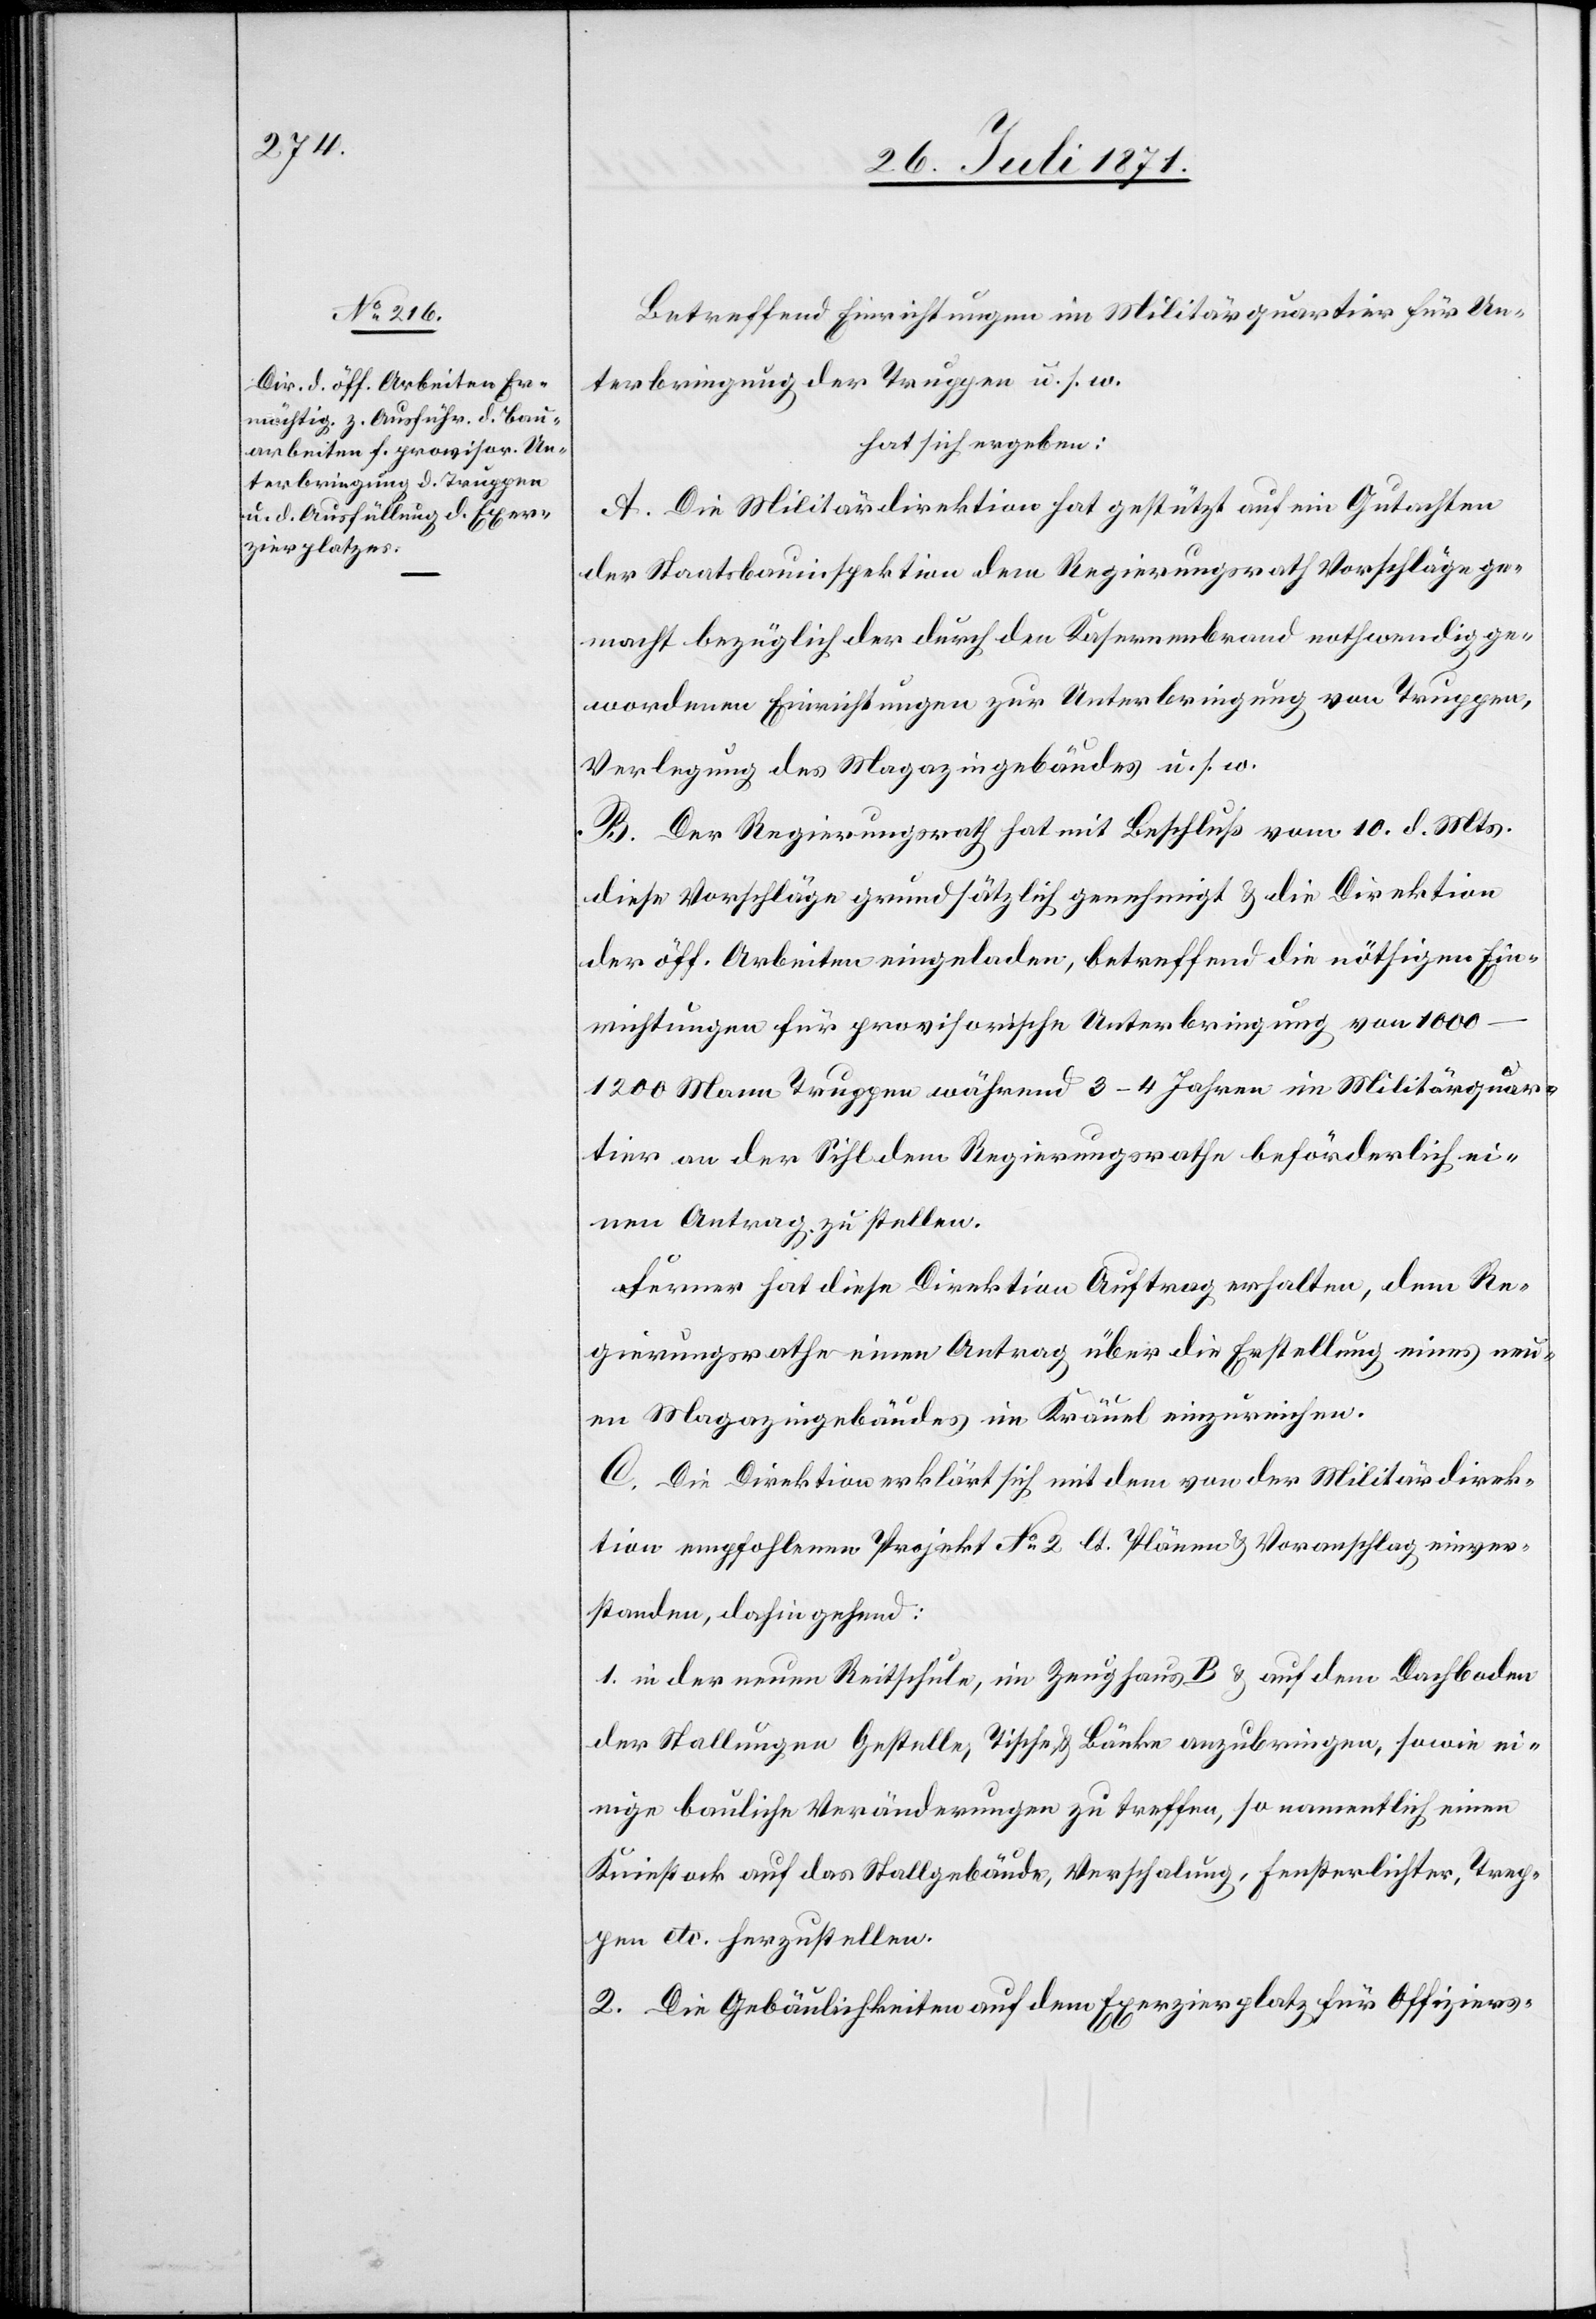
Betreffend Einrichtungen im Militärquartier für Un¬
terbringung der Truppen u. s. w.
hat sich ergeben:
A. Die Militärdirektion hat gestützt auf ein Gutachten
der Staatsbauinspektion dem Regierungsrath Vorschläge ge¬
macht bezüglich der durch den Kasernenbrand nothwendig ge¬
wordenen Einrichtungen zur Unterbringung von Truppen,
Verlegung des Magazingebäudes u. s. w.
B. Der Regierungsrath hat mit Beschluß vom 10. d. Mts.
diese Vorschläge grundsätzlich genehmigt u. die Direktion
der öff. Arbeiten eingeladen, betreffend die nöthigen Ein¬
richtungen für provisorische Unterbringung von 1000–1200
Mann Truppen während 3–4 Jahren im Militärquar¬
tier an der Sihl dem Regierungsrathe beförderliche ei¬
nen Antrag zu stellen.
Fernern hat diese Direktion Auftrag erhalten, dem Re¬
gierungsrathe einen Antrag über die Erstellung eines neu¬
en Magazingebäudes im Kräuel einzureichen.
C. Die Direktion erklärt sich mit dem von der Militärdirek¬
tion empfohlenen Projekt No. 2 lt. Plänen u. Voranschlag einver¬
standen, dahin gehend:
1. in der neuen Reitschule, im Zeughaus B u. auf dem Dachboden
der Stallungen Gestelle, Tische, u. Bänke anzubringen, sowie ei¬
nige bauliche Veränderungen zu treffen, so namentlich einen
Kniestock auf das Stallgebäude, Verschalung, Fensterlichter, Trep¬
pen etc. herzustellen.
2. Die Gebäulichkeiten auf dem Exerzierplatz für Offiziers-